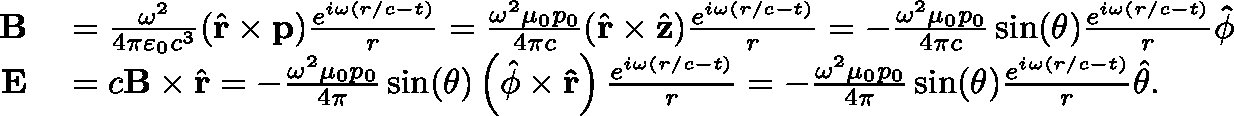
\begin{array} { r l } { \mathbf { B } } & { { } = { \frac { \omega ^ { 2 } } { 4 \pi \varepsilon _ { 0 } c ^ { 3 } } } ( { \hat { \mathbf { r } } } \times \mathbf { p } ) { \frac { e ^ { i \omega ( r / c - t ) } } { r } } = { \frac { \omega ^ { 2 } \mu _ { 0 } p _ { 0 } } { 4 \pi c } } ( { \hat { \mathbf { r } } } \times { \hat { \mathbf { z } } } ) { \frac { e ^ { i \omega ( r / c - t ) } } { r } } = - { \frac { \omega ^ { 2 } \mu _ { 0 } p _ { 0 } } { 4 \pi c } } \sin ( \theta ) { \frac { e ^ { i \omega ( r / c - t ) } } { r } } \mathbf { \hat { \phi } } } \\ { \mathbf { E } } & { { } = c \mathbf { B } \times { \hat { \mathbf { r } } } = - { \frac { \omega ^ { 2 } \mu _ { 0 } p _ { 0 } } { 4 \pi } } \sin ( \theta ) \left( { \hat { \phi } } \times \mathbf { \hat { r } } \right) { \frac { e ^ { i \omega ( r / c - t ) } } { r } } = - { \frac { \omega ^ { 2 } \mu _ { 0 } p _ { 0 } } { 4 \pi } } \sin ( \theta ) { \frac { e ^ { i \omega ( r / c - t ) } } { r } } { \hat { \theta } } . } \end{array}